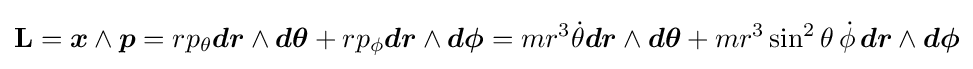
\mathbf {L} ={\boldsymbol {x}}\wedge {\boldsymbol {p}}=rp_{\theta }{\boldsymbol {dr}}\wedge {\boldsymbol {d\theta }}+rp_{\phi }{\boldsymbol {dr}}\wedge {\boldsymbol {d\phi }}=mr^{3}{\dot {\theta }}{\boldsymbol {dr}}\wedge {\boldsymbol {d\theta }}+mr^{3}\sin ^{2}\theta \,{\dot {\phi }}\,{\boldsymbol {dr}}\wedge {\boldsymbol {d\phi }}